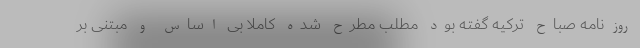
روزنامه صباح ترکیه گفته بود مطلب مطرح شده کاملا بی اساس و مبتنی بر